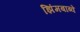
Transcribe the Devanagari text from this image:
झिंमबाब्वे